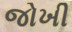
જોખી